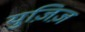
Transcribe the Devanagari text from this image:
युज़िज़